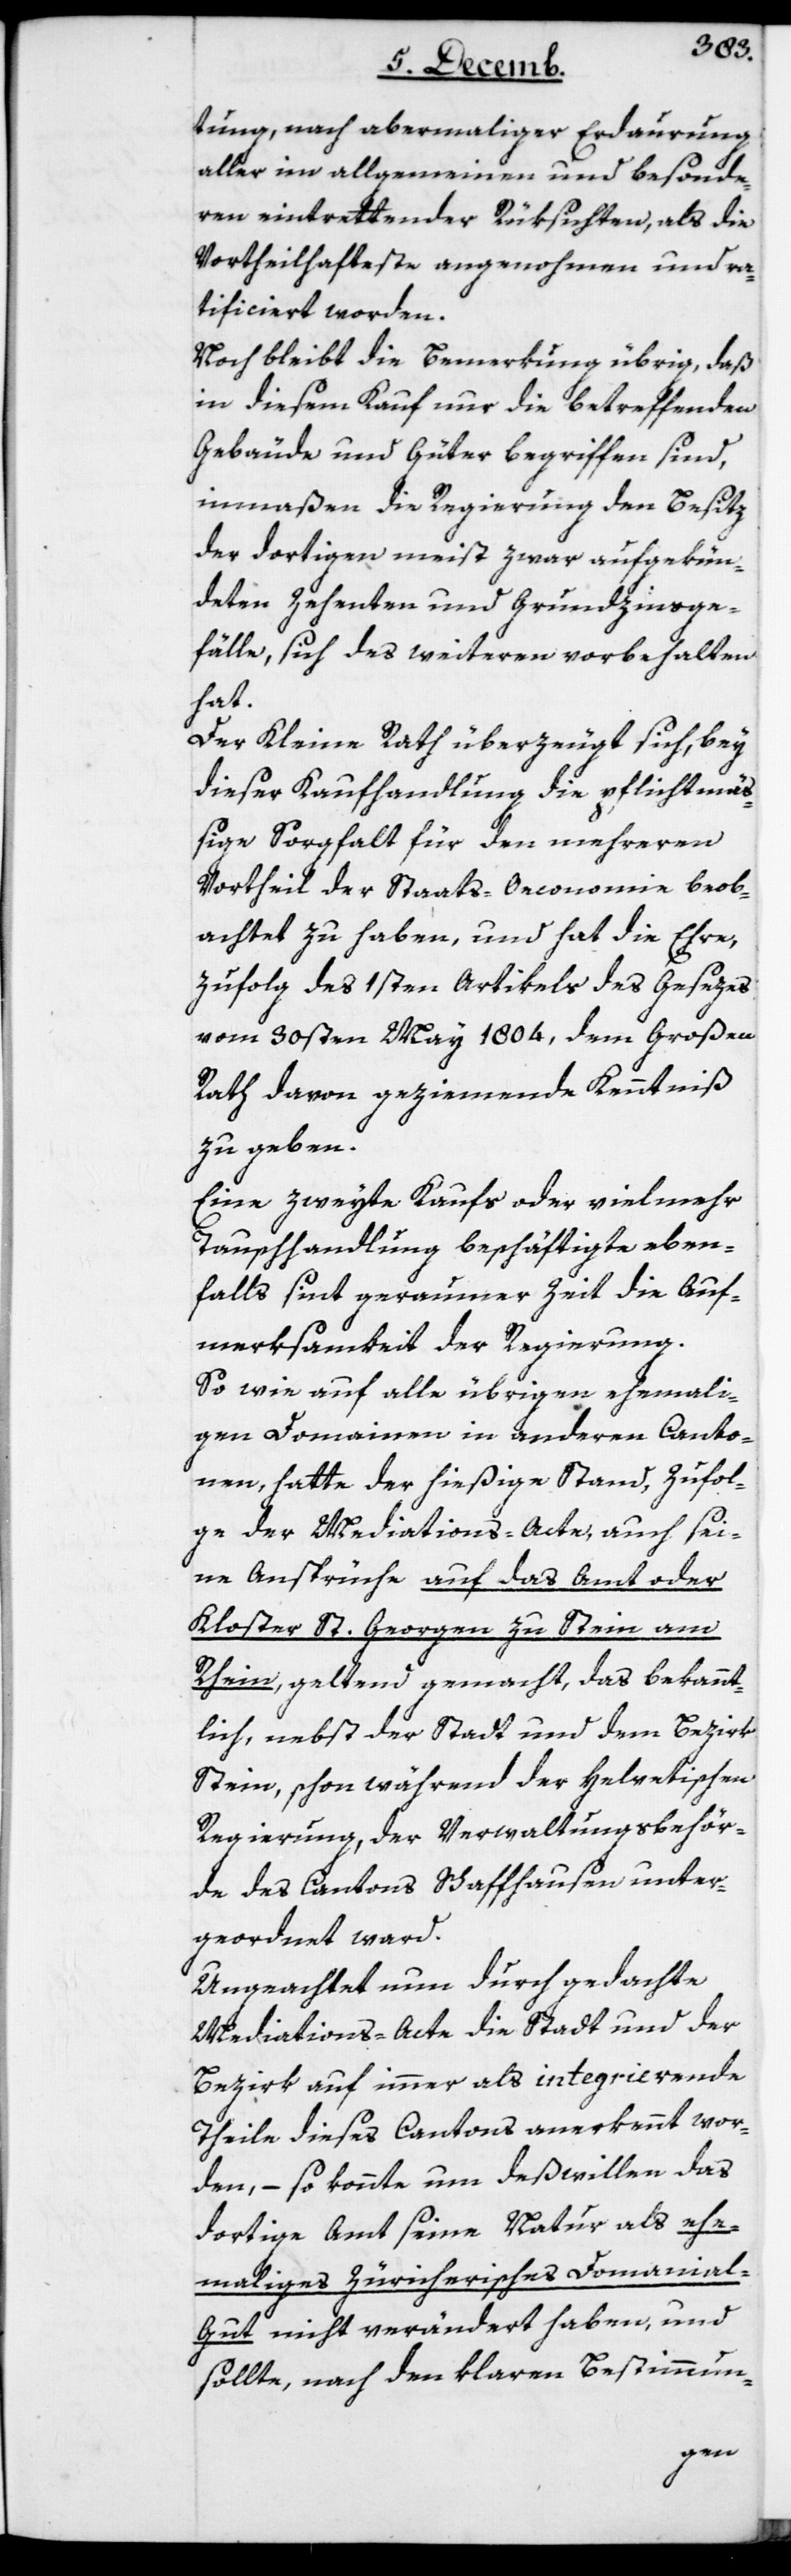
tung, nach abermaliger Erdaurung
aller im allgemeinen und besonde¬
ren eintrettender Rüksichten, als die
Vortheilhafteste angenohmen und ra¬
tificiert worden.
Noch bleibt die Bemerkung übrig, daß
in diesem Kauf nur die betreffenden
Gebäude und Güter begriffen sind,
inmaßen die Regierung den Besitz
der dortigen, meist zwar aufgekün¬
deten Zehenten und Grundzinsge¬
fälle, sich des Weiteren vorbehalten
hat.
Der Kleine Rath überzeugt sich, bey
dieser Kaufhandlung die pflichtmäß¬
ige Sorgfalt für den mehreren
Vortheil der Staats-Oeconomie beob¬
achtet zu haben, und hat die Ehre,
zufolg des 1sten Artikels des Gesezes
vom 30sten May 1804, dem Großen
Rath davon geziemende Kenntniß
zu geben.
Eine zweyte Kaufs oder vielmehr
Tauschhandlung beschäftigte eben¬
falls sint geraumer Zeit die Auf¬
merksamkeit der Regierung.
So wie auf alle übrigen ehemahli¬
gen Domainen in anderen Canto¬
nen, hatte der hießige Stand, zufol¬
ge der Mediations-Acte, auch sei¬
ne Ansprüche auf das Amt oder
Kloster St. Georgen zu Stein am
Rhein geltend gemacht, das bekannt¬
lich nebst der Stadt und dem Bezirk
Stein, schon während der Helvetischen
Regierung, der Verwaltungsbehör¬
de des Cantons Schaffhausen unter¬
geordnet ward.
Ungeachtet nun durch gedachte
Mediations-Acte die Stadt und der
Bezirk auf immer als integrierende
Theile dieses Cantons anerkennt wor¬
den, – so konnte um deßwillen das
dortige Amt seine Natur als ehe¬
mahliges zürcherisches Domanial-G¬
ut nicht veränderet haben, und
sollte, nach den klaren Bestimmun-